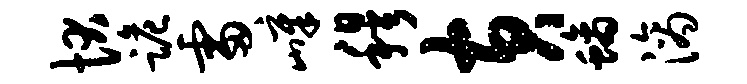
状跪雷嶂穆黄螭滴